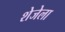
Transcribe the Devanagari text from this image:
शेजेला